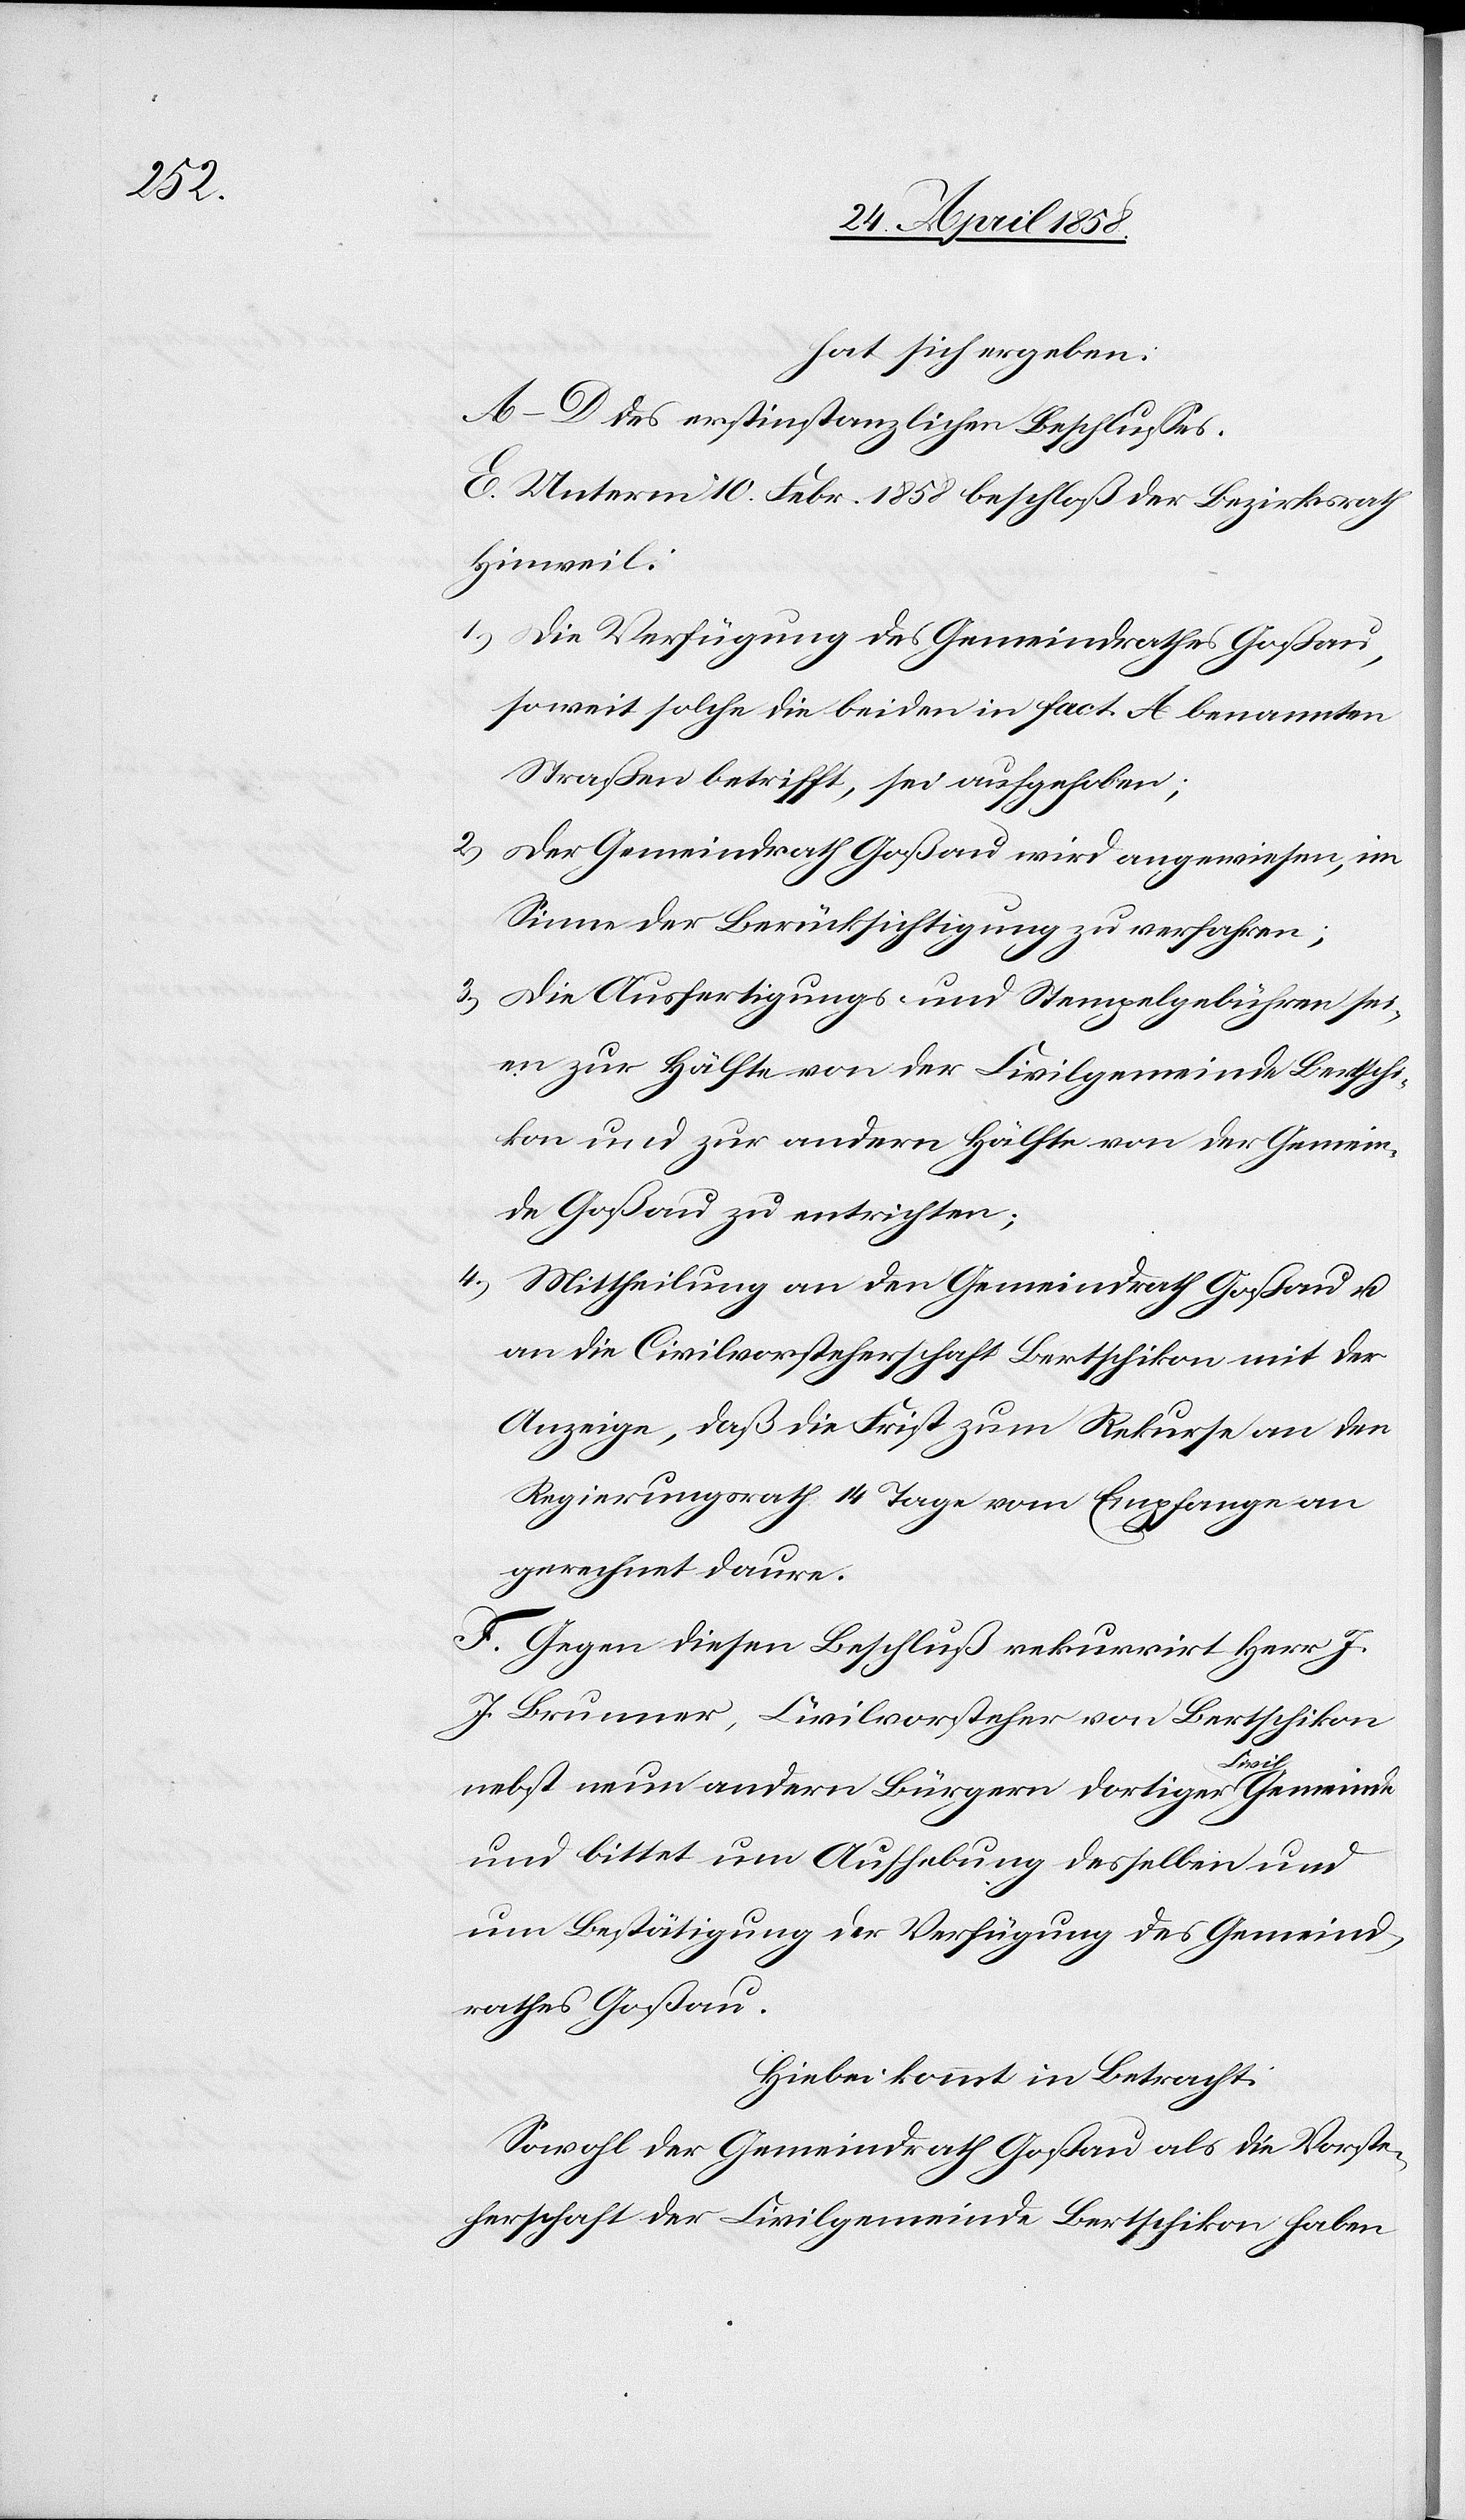
hat sich ergeben:
A–D des erstinstanzlichen Beschlusses.
E. Unterm 10. Febr. 1858 beschloß der Bezirksrath
Hinweil:
1.) Die Verfügung des Gemeindrathes Goßau,
soweit solche die beiden in Fact. A benannten
Straßen betrifft, sei aufgehoben;
2.)
Sinne der Berücksichtigung zu verfahren;
3.) Die Ausfertigungs- und Stempelgebühren sei¬
en zur Hälfte von der Civilgemeinde Bertschi¬
kon zur andern Hälfte von der Gemein¬
de Goßau zu entrichten;
4.) Mittheilung an den Gemeindrath Goßau u.
an die Civilvorsteherschaft Bertschikon mit der
Anzeige, daß die Frist zum Rekurse an den
Regierungsrath 14 Tage vom Empfange an
gerechnet daure.
F. Gegen diesen Beschluß rekurrirt Herr J.
J. Brunner, Civilvorsteherschaft von Bertschikon
nebst neun andern Bürgern dortiger a-Civil-aGemeinde
und bittet um Aufhebung desselben und
um Bestätigung der Verfügung des Gemeind¬
rathes Goßau.
Hiebei kommt in Betracht:
Sowohl der Gemeindrath Goßau als die Vorste¬
herschaft der Civilgemeinde Bertschikon haben